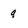
Character: 9